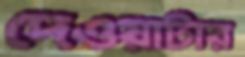
দেওয়াটার